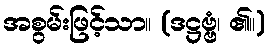
အစွမ်းဖြင့်သာ။ (ဒဋ္ဌဗ္ဗံ၊ ၏။)